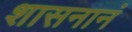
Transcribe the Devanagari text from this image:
शासनानं